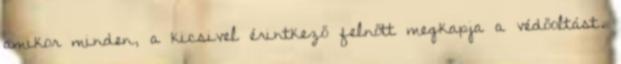
amikor minden, a kicsivel érintkező felnőtt megkapja a védőoltást.